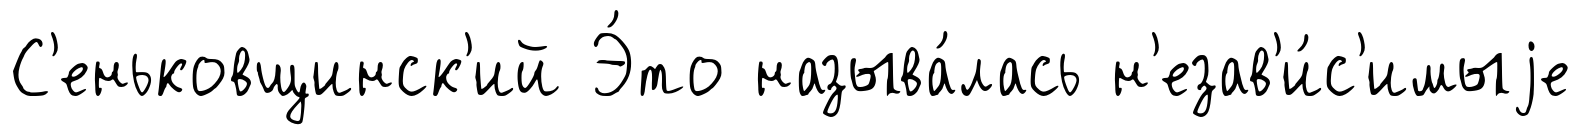
С'еньковщинск'ий Э́то называ́лась н'езав'и́с'имыjе